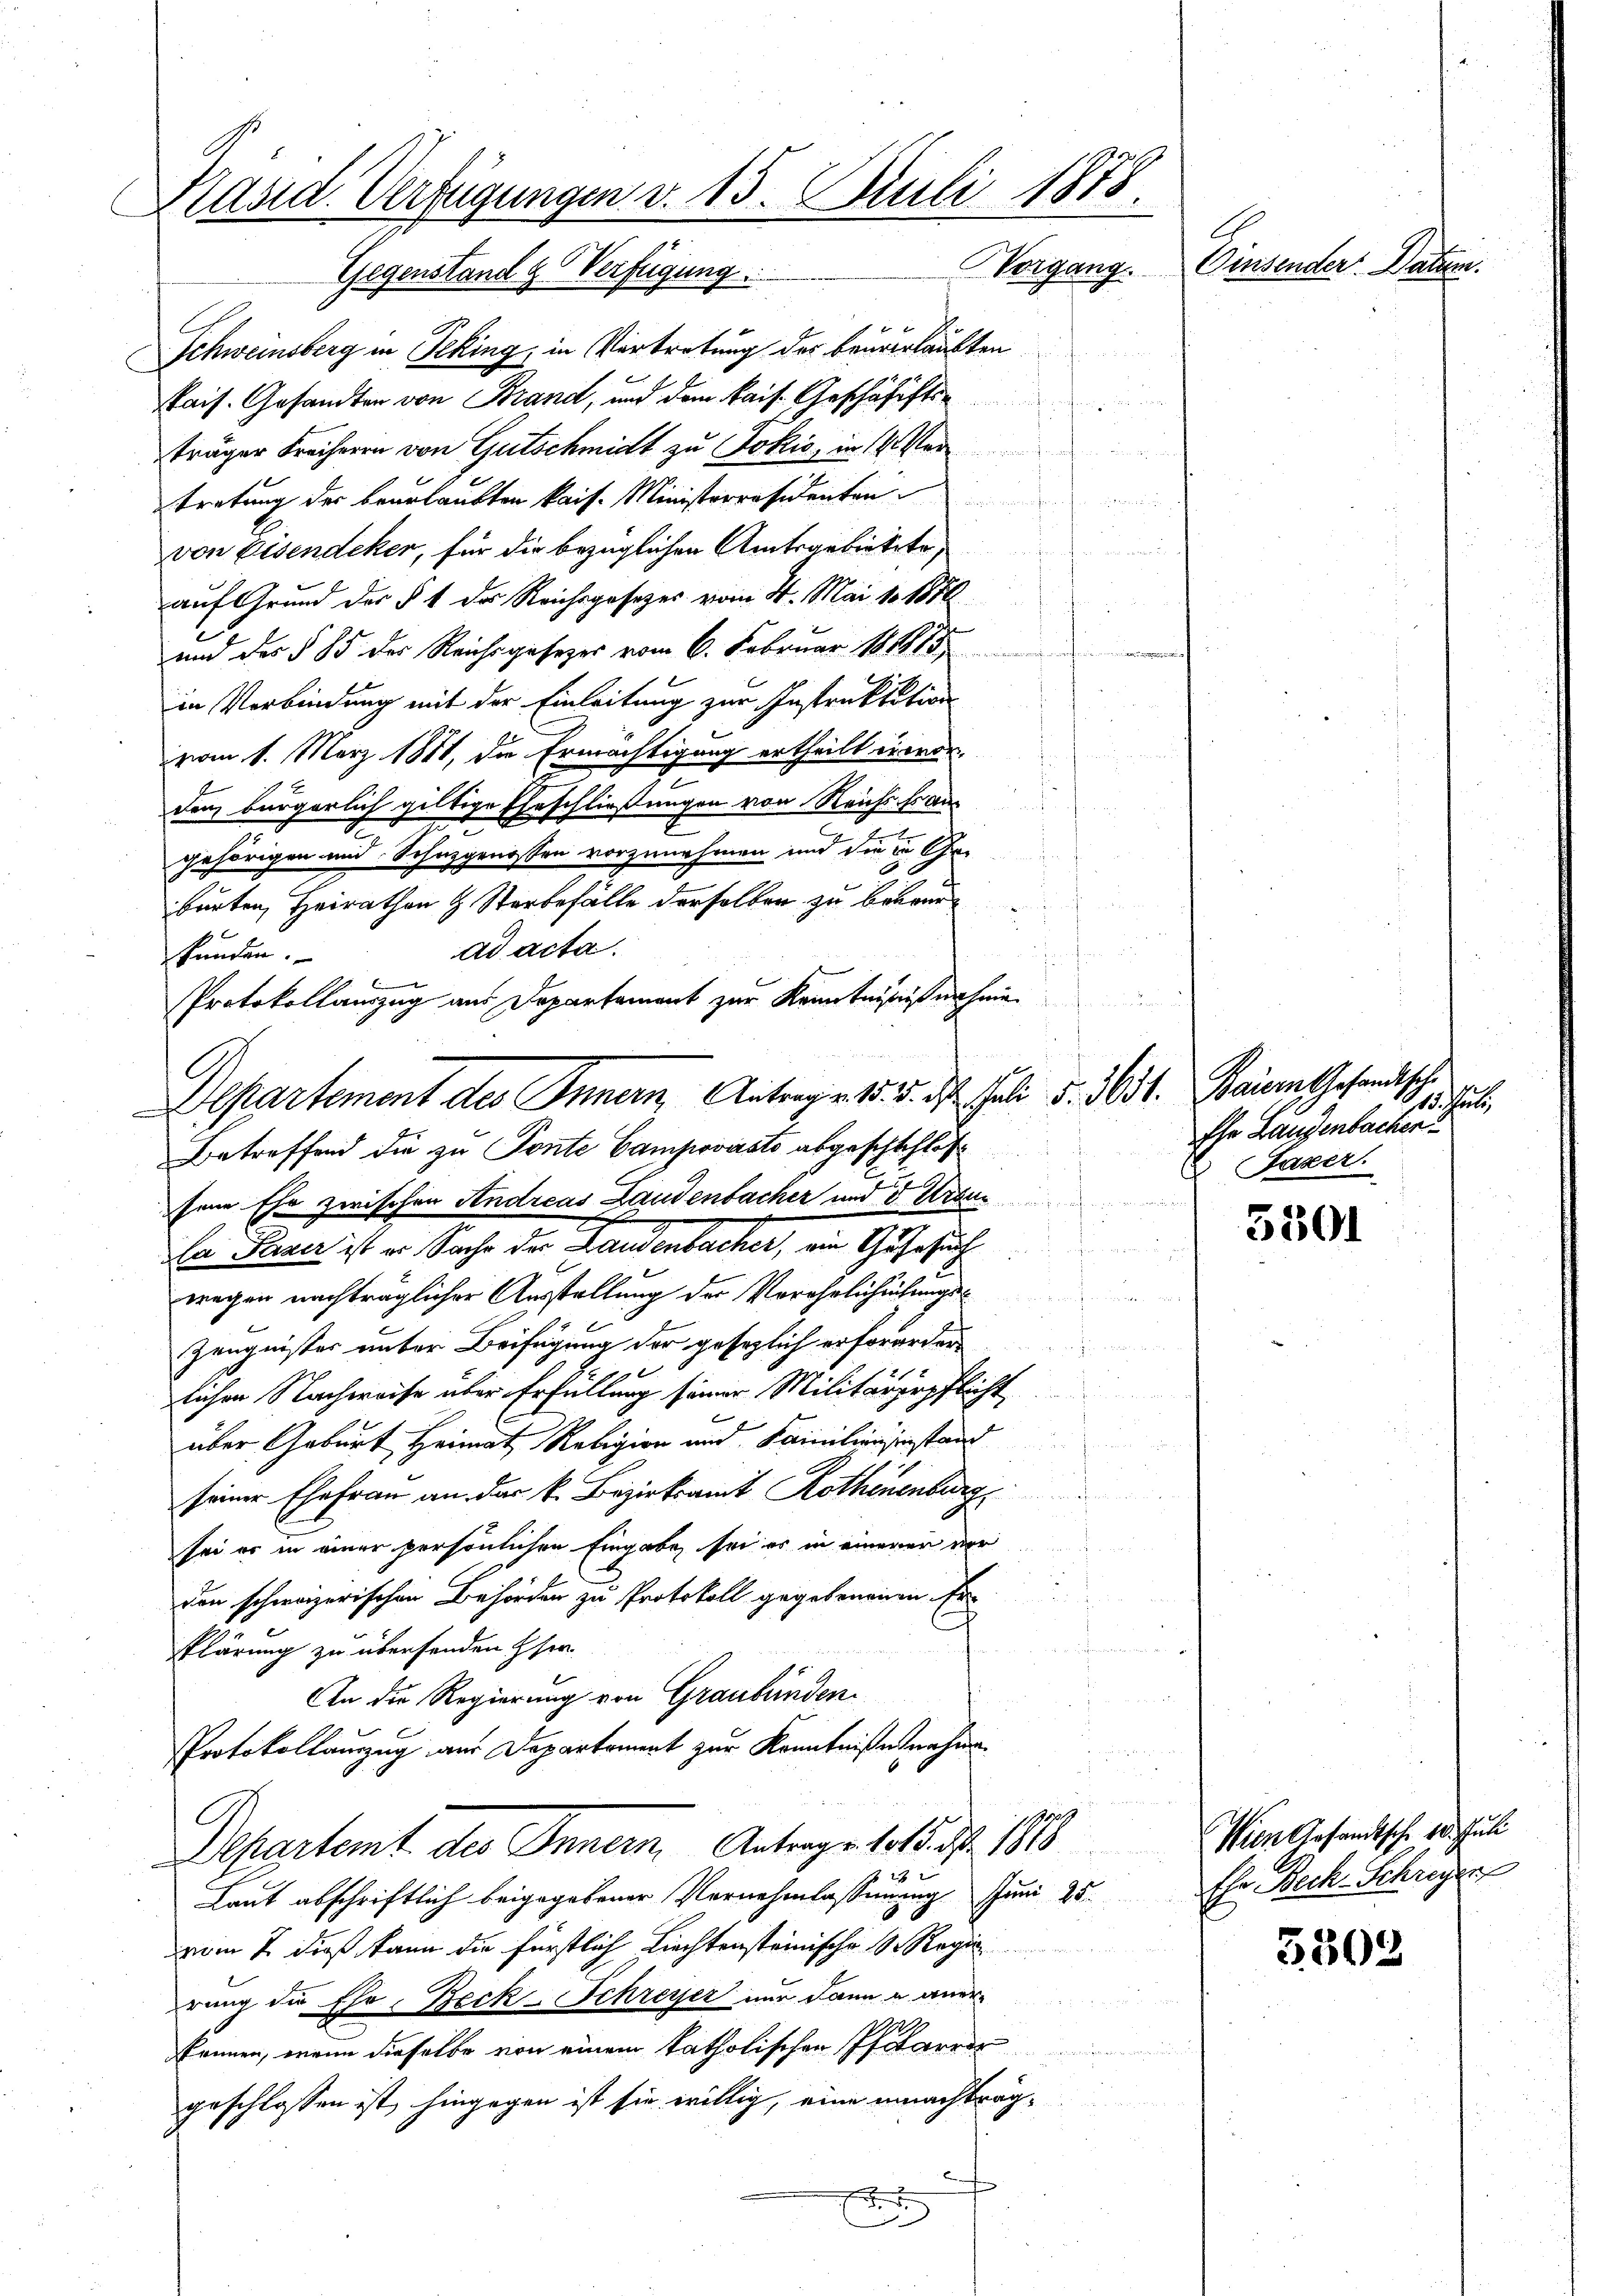
Präsid. Verfügungen v. 15. Juli 1878.
.
Vorgang. Eisender Datum.
Gegenstand & Verfügung

Schweinsberg in Teking, in Vertretung der Bauverlaubten
Pais. Gesandten von Brand, und dem kais. Geschäffts
träger Freiherrn von Gutschmidt zu Jokić, in 14. Ver
tretung der beurlaubten kais. Ministerräsidenten
Ehen auch in und eine
von Eisendeker, für die bezüglichen Amtsgebietete,
auf Grund der § 1 des Reichsgesetzes vom 4. Mai 181856
und des § 85 des Reichsgesetzes vom 6. Februar 181915
in Verbindung mit der Einleitung zur Instruktition
vom 1. März 1881, die Ermächtigung ertheilt envorden bürgerlich giltige Eheschließungen von Reichshau
gehörigen und Schuzgenossen vorzunehmen und die in Ge-
barten, Heirathen & Sterbefälle derselben zu beren
¬
ad acta.
kunden.
Protokollauszug aus Departement zur Kenntnißnahme
Departement des Innern, Antrage 15. 5. d. Juli d. Mtt. Baiern Gesandtsch.
Betreffend die zu Ponte Campovarato abgeschschlos¬
.
sene Ehe zwischen Andreas Landenbacher und 5. Ursu
La Parer ist er Sache der Landenbacher, ein Gusesuch
wegen nachträglicher Ausstellung der Verehelichtungs¬

Zeugnisser unter Beifügung der gesezlich erforderten
a
lichen Nachweise über Erfüllung seiner Militärgerpflicht
über Geburt Heimat, Religion und Familiengestand
seiner Ehefrau an das k. Bezirksamt Rothenenburg
sei er in einer persönlichen Eingabe, sei es in eineren der
den schweizerischen Behörden zu Protokoll gegebenenen Er
klärung zu übersenden Ehen
An die Regierung von Graubünden.
PProtokollauszug aus Departoniert zur Kenntniße nahme.
ro
Departemt des Innern, Antragstold. d. 1818
2
Laut abschriftlich beigegebener Vernehmlassenung. Juni 25.
vom 7. dieß kann die fürstlich Liechtensteinische S. Regie
rung die Ehr- Beck-Schreyer nur dann u. anerkönnen, wenn dieselbe von einem katholischen Pfarre
geschlossen ist, hingegen ist sie willig, eine machträg¬
.
5
.

S. hat
Ehe Landenbacher
Fazer

5301

3502

Wien Arsandtsche 10. Juli
Ehr Bech-Schreyer